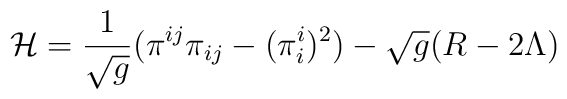
{\cal H}= \frac{1}{\sqrt{g}}(\pi^{ij}\pi_{ij}-(\pi^{i}_{i})^{2})          -\sqrt{g}(R-2\Lambda)